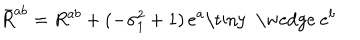
\bar { R } ^ { a b } = R ^ { a b } + ( - \sigma _ { 1 } ^ { 2 } + 1 ) \, e ^ { a } \mathrm { \tiny ~ \wedge ~ } e ^ { b }